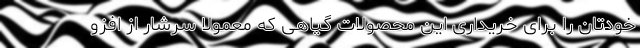
خودتان را برای خریداری این محصولات گیاهی که معمولاً سرشار از افزو